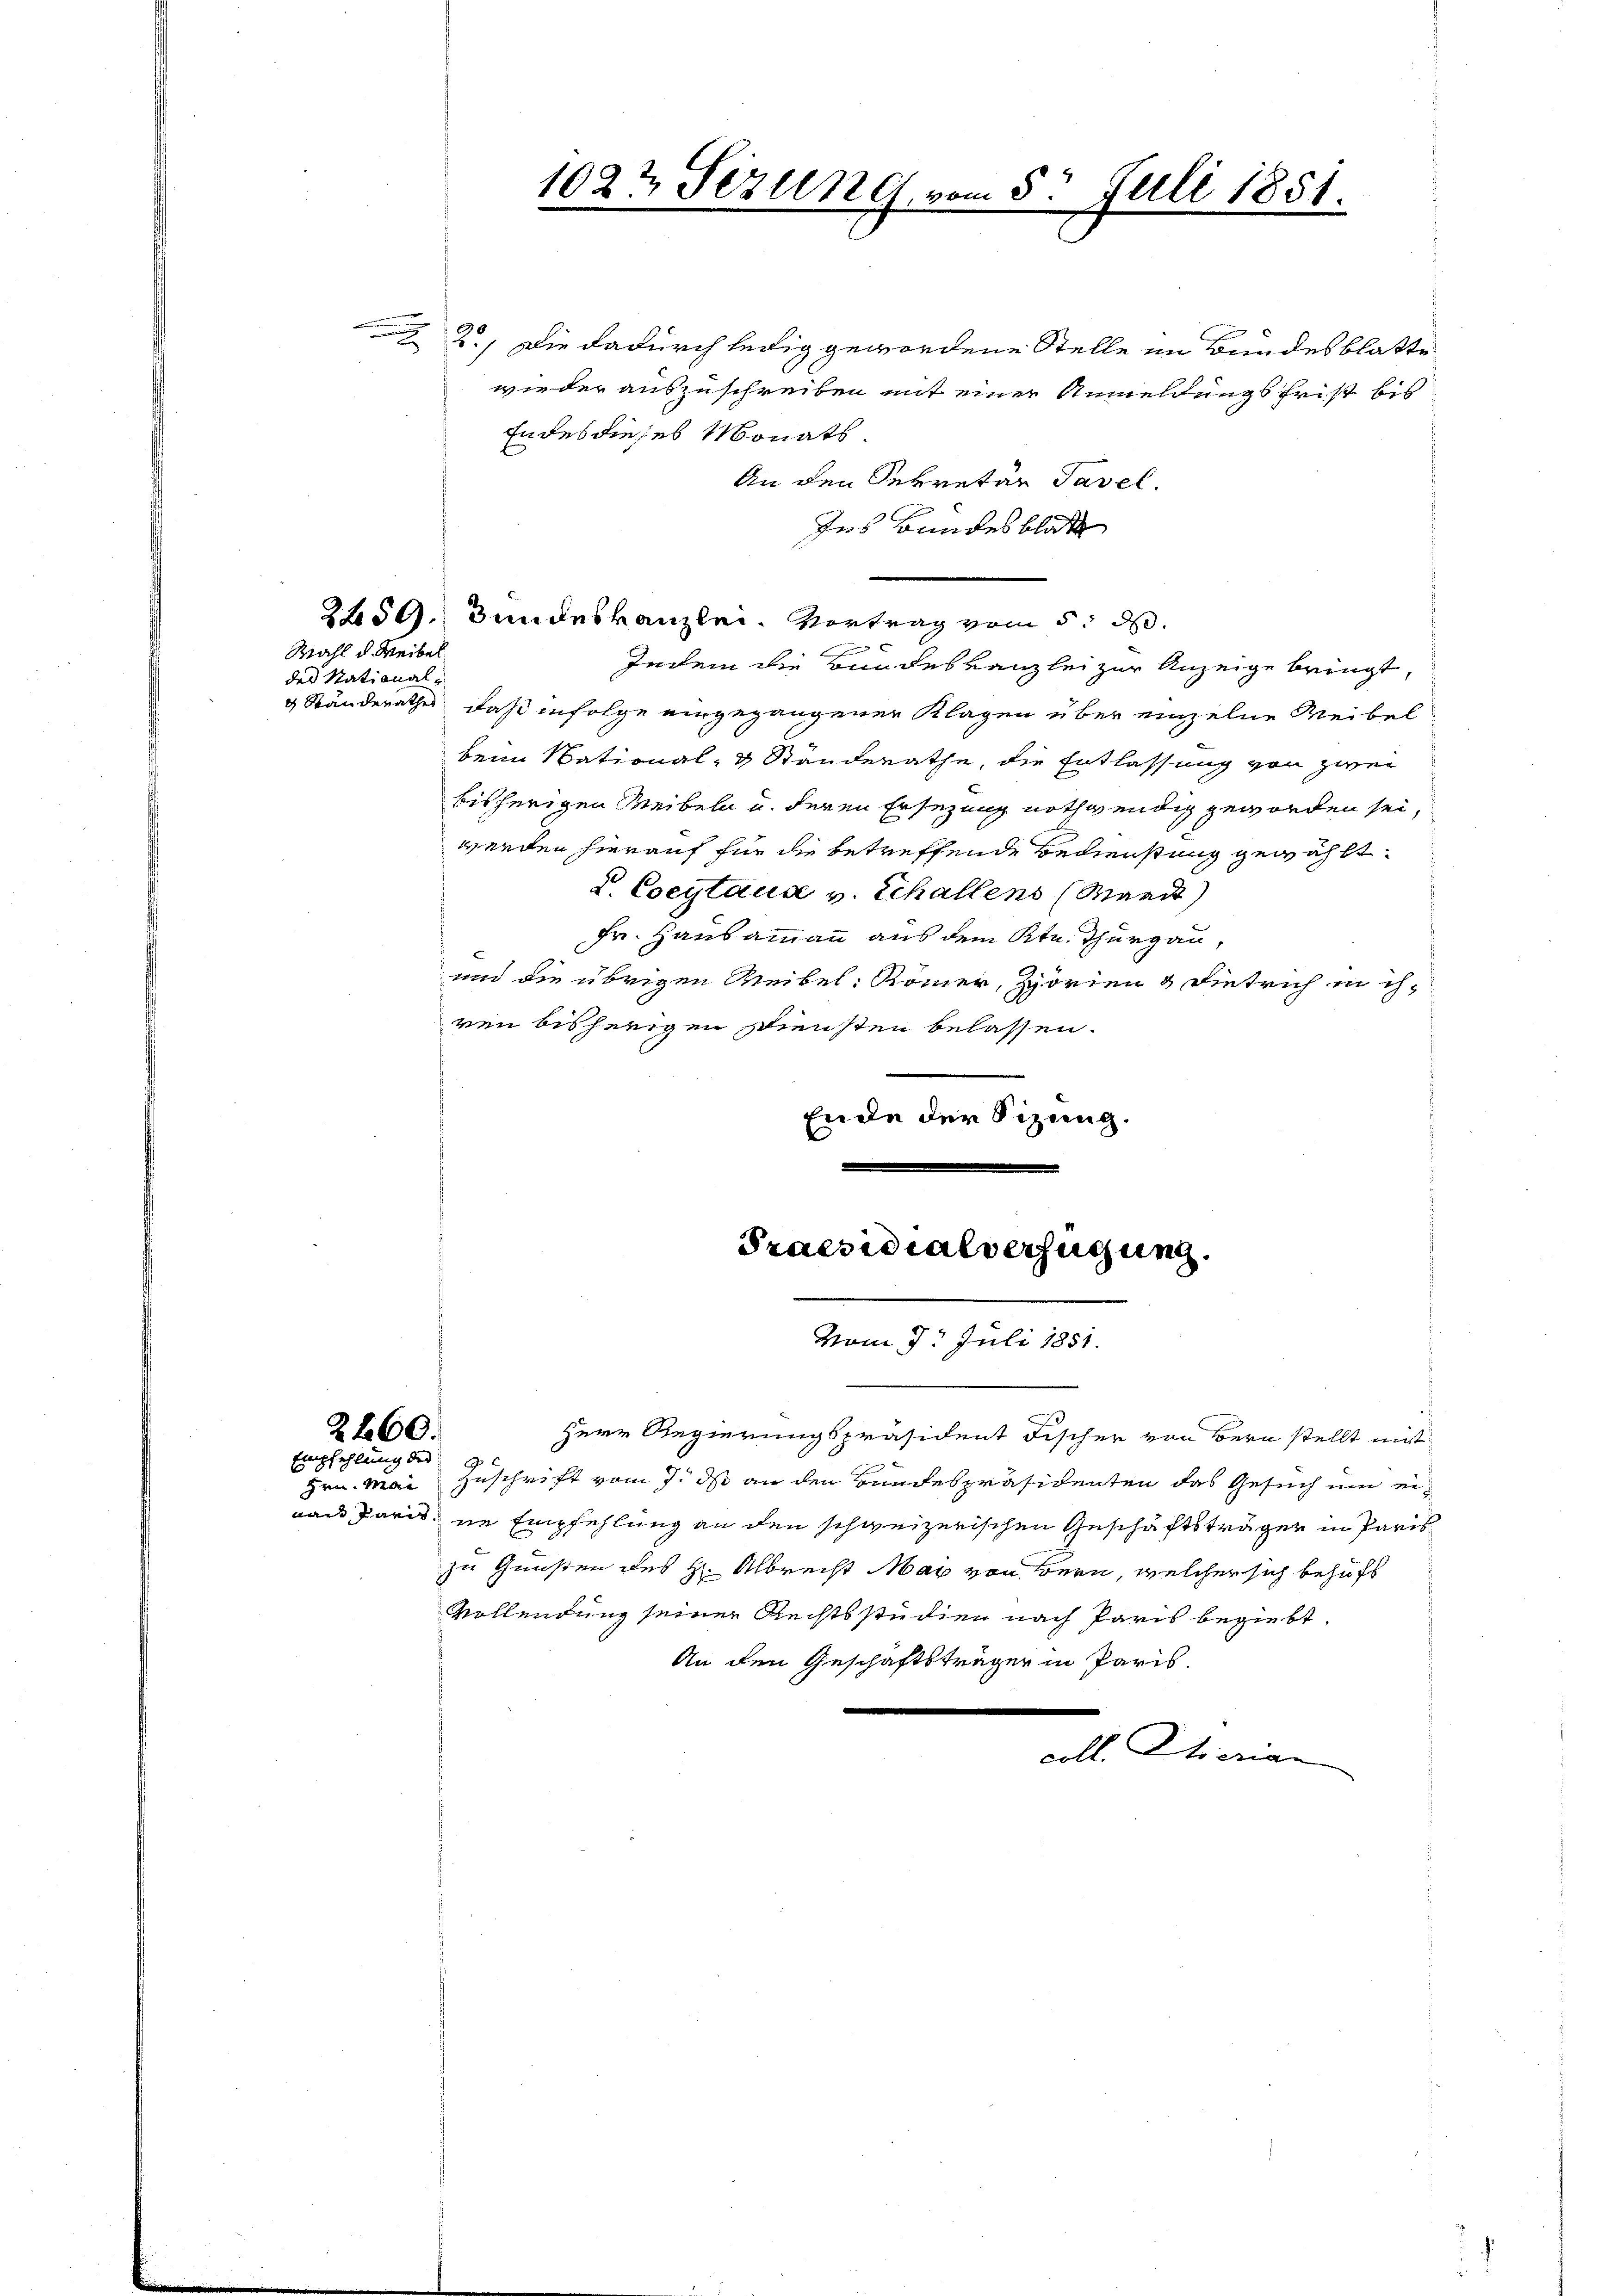
Wahl d. Weibel
des National¬

.
.

2660.
Empfehlung des ge

2.) Die dadurch ledig gewordene Stelle im Bundesblatte
wieder auszuschreiben mit einer Anmeldungsfrist bis
Endes dieses Monats.
An den Sekretär Tavel.
Ins Bundesblatt
Indem die Bundeskanzlei zur Anzeige bringt,
& Ständerathes, daß infolge eingegangener Klagen über einzelne Weibel
beim National- & Ständerathe, die Entlassung von zwei
bisherigen Weibeln u. deren Ersezung nothwendig geworden sei,
werden hierauf für die betreffende Bedienstung gewählt.
L. Coeytaus v. Schallens (Mand
Fr. Hausammann aus dem Ktn. Thurgau,
und die übrigen Weibel. Kommer, Zörien & Dietrich in ih-
ren bisherigen Diensten belassen.
Ende der Sizung.

1022 Sezung, vom 8. Juli 1851.

2459. Bundeskanzlei. Vortrag vom 5. d.

Praesidialverfügung.

vom 7. Juli 1851.

Herr Regierungspräsident Fischer von Bern stellt mit
Hrn. Mai Zuschrift vom 7. ds an den Bundespräsidenten das Gesuch um eiaan Paris, ne Empfehlung an den schweizerischen Geschäftsträger in Paris
zu Gunsten des H. Albrecht May von Bern, welcher sich behufs
Vollendung seiner Rechtsstudien nach Paris begiebt,
An den Geschäftsträger in Paris.
all Serian